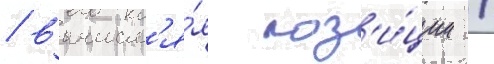
/ вычисл'я́я поз'и́ции /